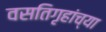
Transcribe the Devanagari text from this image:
वसतिगृहांच्या